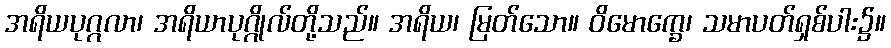
အရိယပုဂ္ဂလာ၊ အရိယာပုဂ္ဂိုလ်တို့သည်။ အရိယ၊ မြတ်သော။ ဝိမောက္ခေ၊ သမာပတ်ရှစ်ပါး၌။